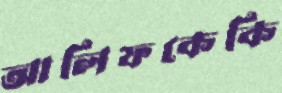
আলিফকেকি